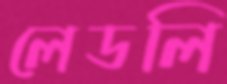
লেডলি